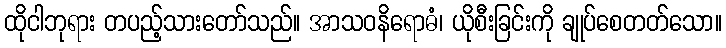
ထိုငါဘုရား တပည့်သားတော်သည်။ အာသဝနိရောဓံ၊ ယိုစီးခြင်းကို ချုပ်စေတတ်သော။